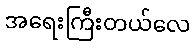
အရေးကြီးတယ်လေ